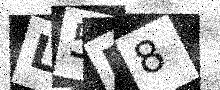
Text: L5P8